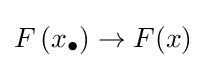
F\left(x_{\bullet }\right)\to F(x)